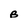
Character: B